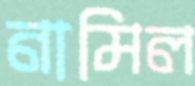
নামিল